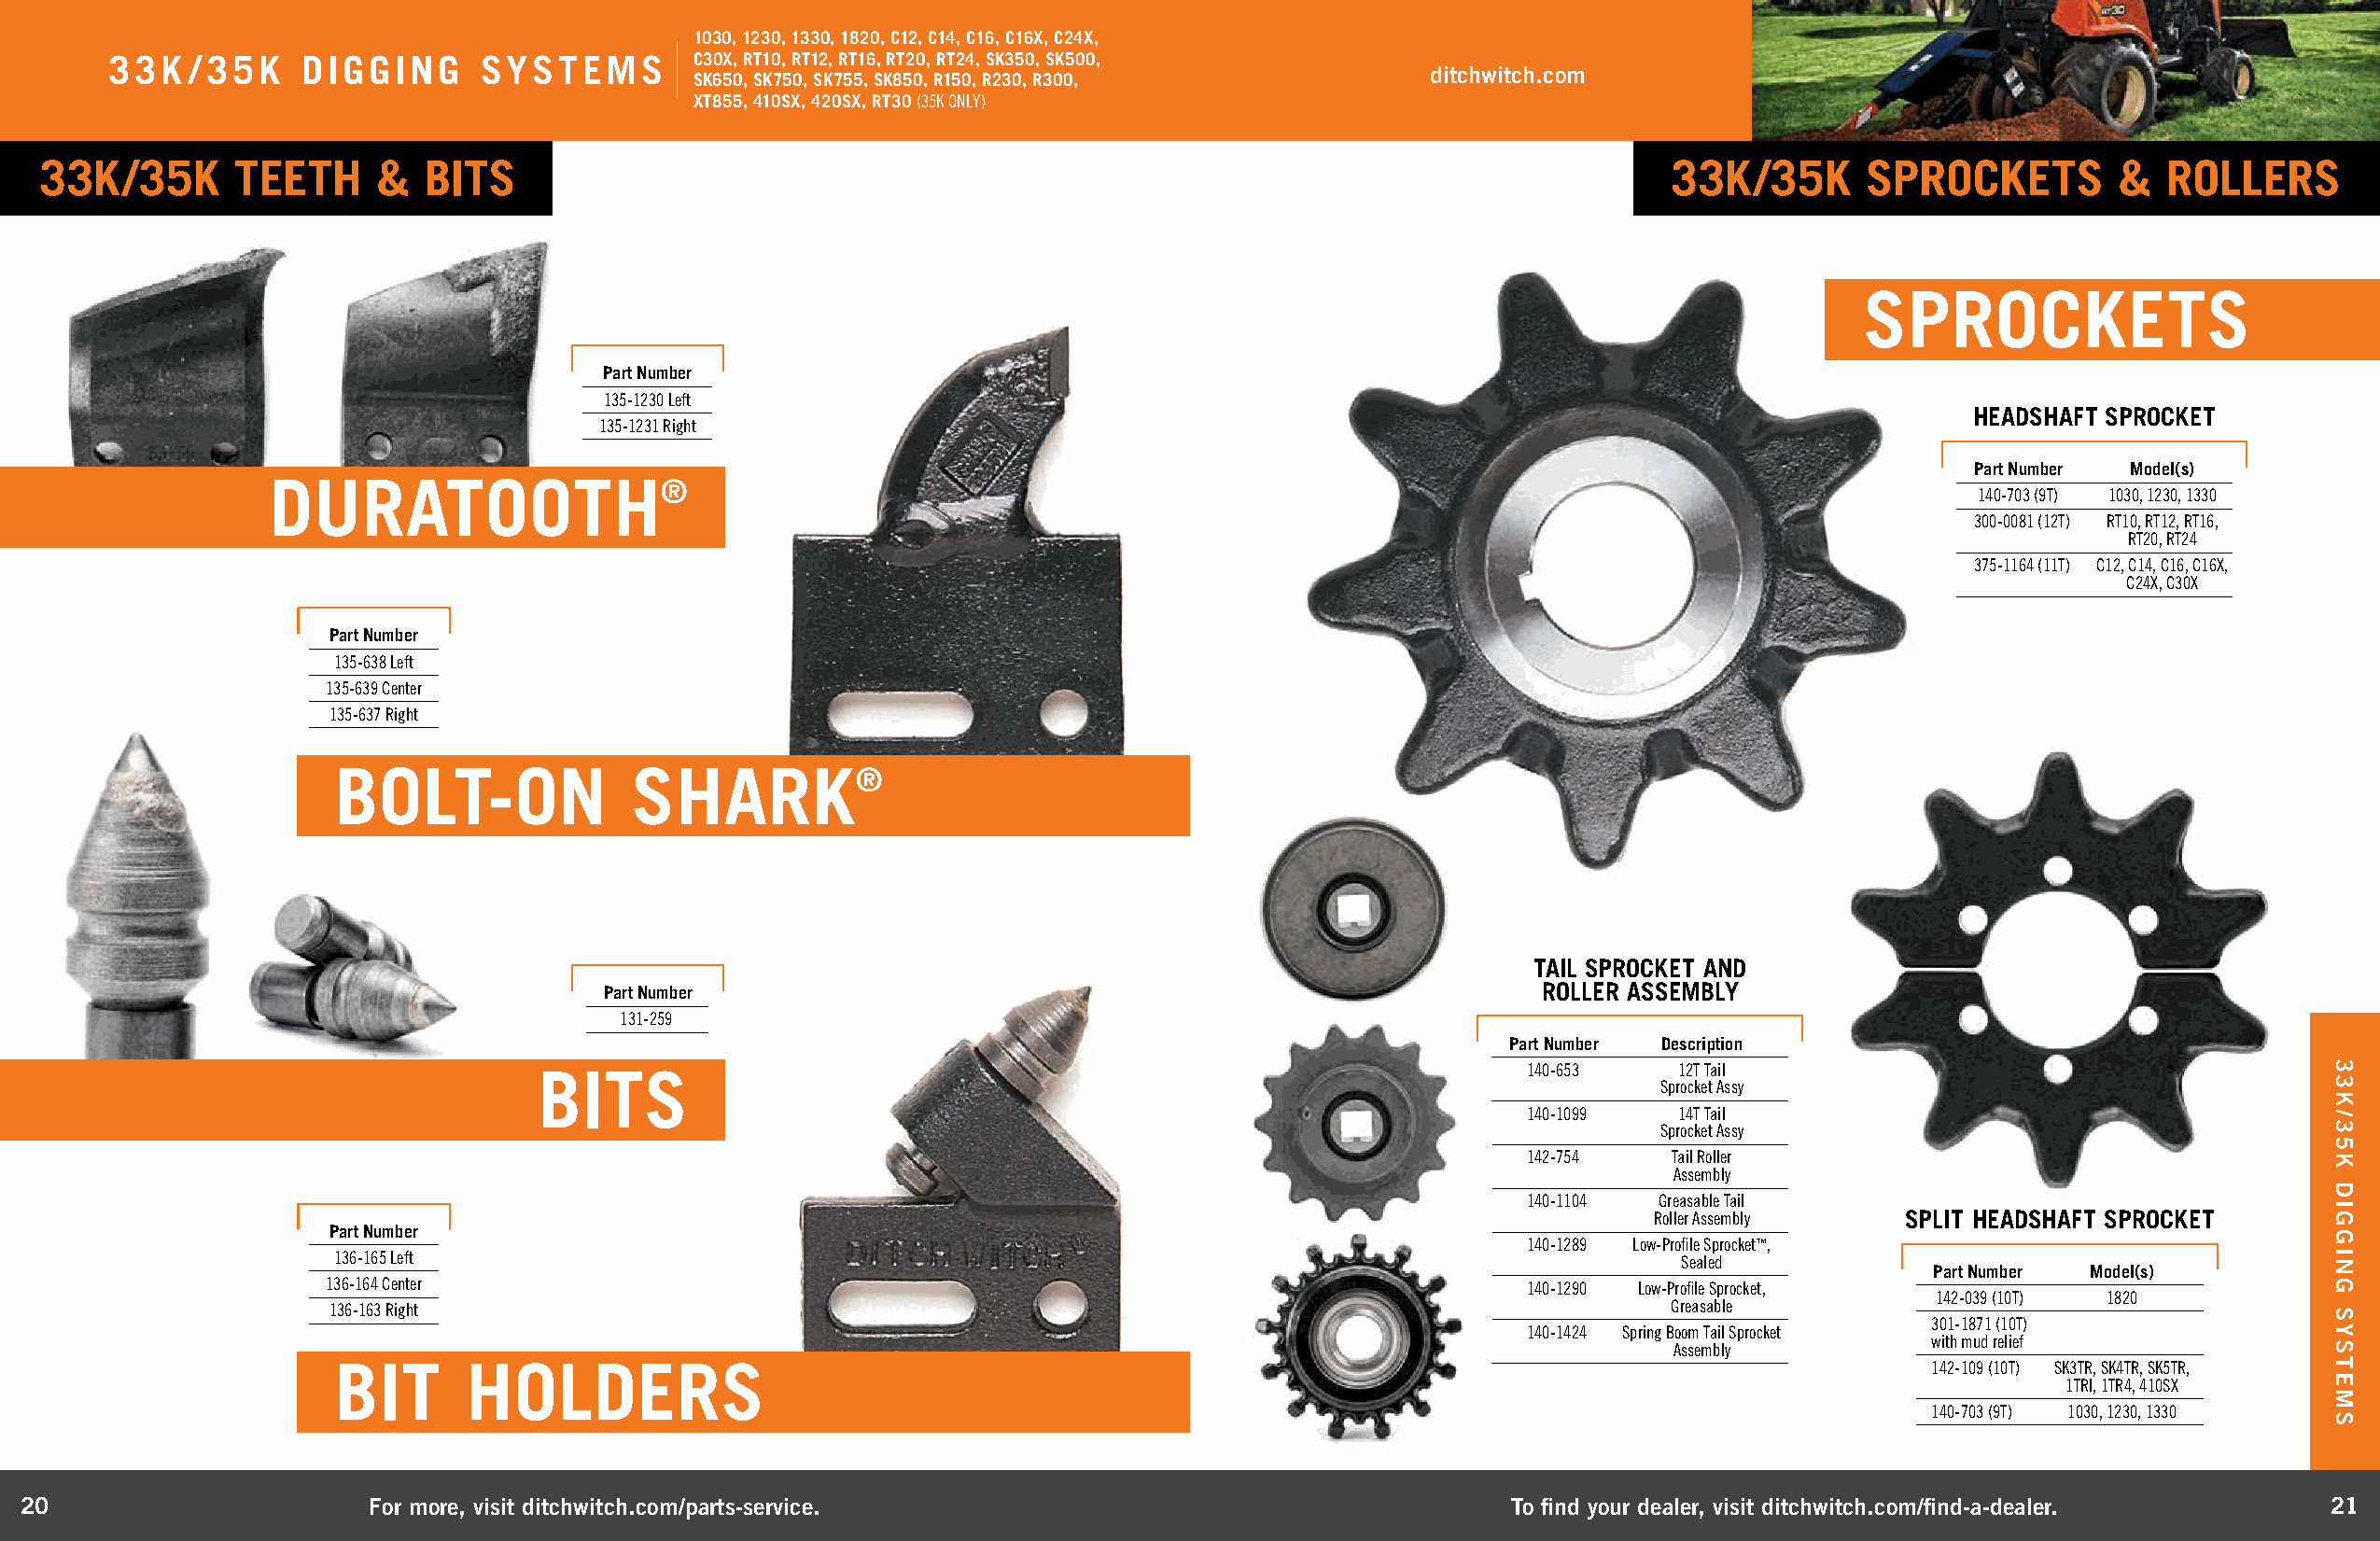
1030, 1230, 1330, 1820, C12, C14, C16, C16X, C24X,
 33K  /35K    DIGGING      SYSTEMS        C30X, RT10, RT12, RT16, RT20, RT24, SK350, SK500,
 ditchwitch.com
 SK650, SK750, SK755, SK850, R150, R230, R300,
 XT855, 410SX, 420SX, RT30 (35K ONLY)
 33K/35K       TEETH     &  BITS                                                                                     33K/35K      SPROCKETS         &   ROLLERS
 SPROCKETS
 Part Number
 135-1230 Left
 HEADSHAFT SPROCKET
 135-1231 Right
 Part Number Model(s)
 DURATOOTH®
 140-703 (9T) 1030, 1230, 1330
 300-0081 (12T) RT10, RT12, RT16,
 RT20, RT24
 375-1164 (11T) C12, C14, C16, C16X,
 C24X, C30X
 Part Number
 135-638 Left
 135-639 Center
 135-637 Right
 BOLT-ON              SHARK®
 TAIL SPROCKET AND
 Part Number                                                       ROLLER ASSEMBLY
 131-259
 Part Number Description
 BITS                                                                  140-653    12T Tail
 Sprocket Assy
 140-1099   14T Tail
 Sprocket Assy
 142-754    Tail Roller
 Assembly
 140-1104  Greasable Tail
 Roller Assembly   SPLIT HEADSHAFT SPROCKET
 Part Number
 140-1289 Low-Profile Sprocket™,
 136-165 Left                                                                                   Sealed
 Part Number Model(s)
 136-164 Center                                                                       140-1290 Low-Profile Sprocket,
 142-039 (10T) 1820
 136-163 Right                                                                                   Greasable
 301-1871 (10T)
 140-1424 Spring Boom Tail Sprocket
 with mud relief
 Assembly
 BIT      HOLDERS                                                                                                 142-109 (10T) SK3TR, SK4TR, SK5TR,
 1TRI, 1TR4, 410SX
 140-703 (9T) 1030, 1230, 1330
 20                       For more, visit ditchwitch.com/parts-service.                                    To find your dealer, visit ditchwitch.com/find-a-dealer.  21
 33K/35K
 DIGGING
 SYSTEMS